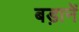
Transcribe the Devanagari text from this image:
बड़ानें